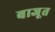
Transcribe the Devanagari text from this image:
बाजूत